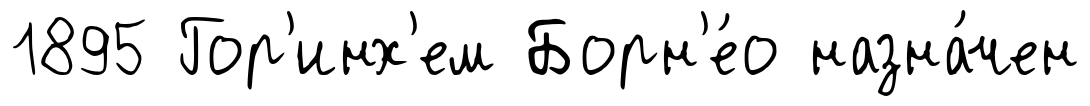
1895 Гор'инх'ем Борн'е́о назна́чен